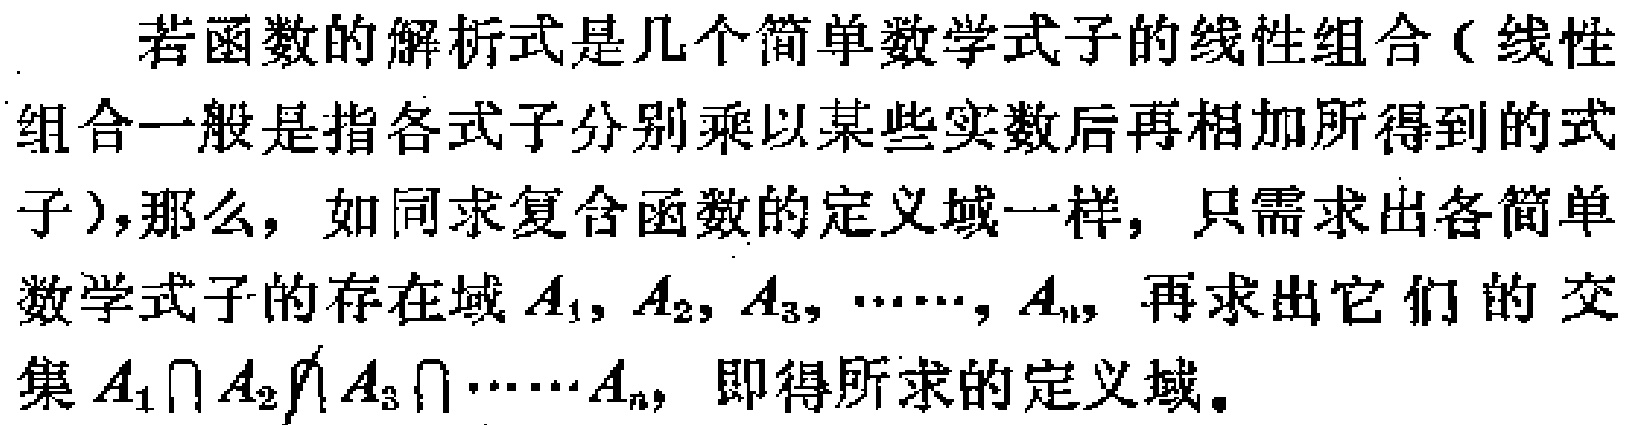
若函数的解析式是几个简单数学式子的线性组合（线性组合一般是指各式子分别乘以某些实数后再相加所得到的式子），那么，如同求复合函数的定义域一样，只需求出各简单数学式子的存在域\(A_1, A_2, A_3, \cdots, A_n\)，再求出它们的交集\(A_1\cap A_2\cap A_3\cap\cdots\cap A_n\)，即得所求的定义域。